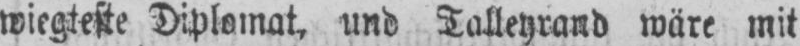
wiegteste Diplomat, und Talleyrand wäre mit